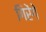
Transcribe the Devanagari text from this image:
गिरेंगे